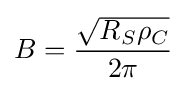
B={\frac {\sqrt {R_{S}\rho _{C}}}{2\pi }}